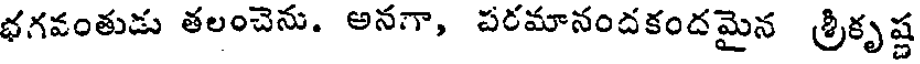
భగవంతుడు తలంచెను. అనగా, పరమానందకందమైన శ్రీకృష్ణ